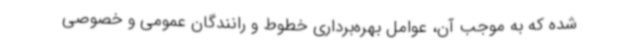
شده که به موجب آن، عوامل بهره‌برداری خطوط و رانندگان عمومی و خصوصی